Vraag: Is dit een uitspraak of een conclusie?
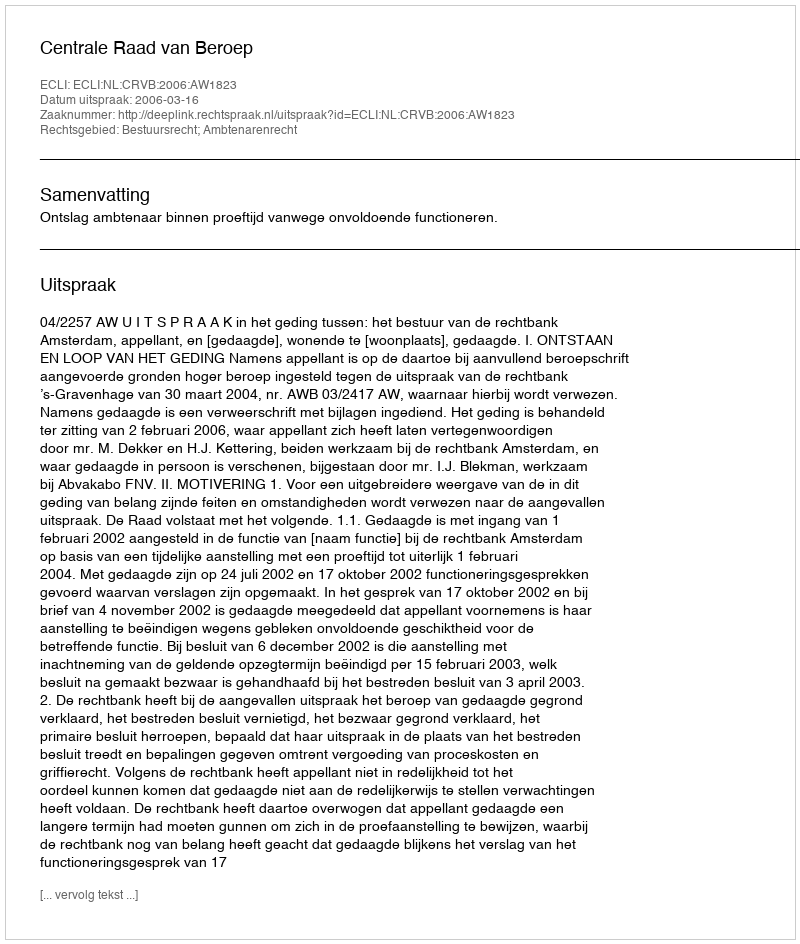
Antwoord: Uitspraak